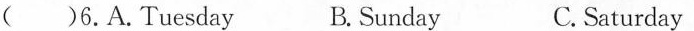
( ) 6.A.Tuesday B.Sunday C.Saturday